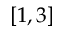
[ 1 , 3 ]